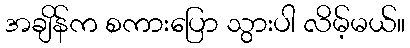
အချိန်က စကားပြော သွားပါ လိမ့်မယ်။